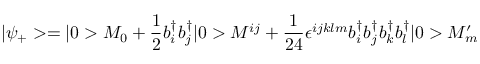
| \psi _ { + } > = | 0 > M _ { 0 } + \frac { 1 } { 2 } b _ { i } ^ { \dagger } b _ { j } ^ { \dagger } | 0 > M ^ { i j } + \frac { 1 } { 2 4 } \epsilon ^ { i j k l m } b _ { i } ^ { \dagger } b _ { j } ^ { \dagger } b _ { k } ^ { \dagger } b _ { l } ^ { \dagger } | 0 > M _ { m } ^ { \prime }